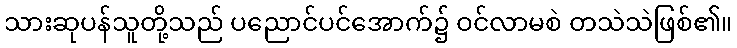
သားဆုပန်သူတို့သည် ပညောင်ပင်အောက်၌ ဝင်လာမစဲ တသဲသဲဖြစ်၏။